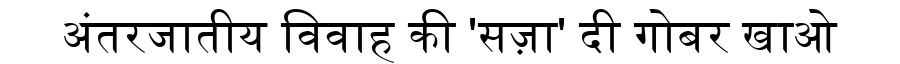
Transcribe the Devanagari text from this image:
अंतरजातीय विवाह की 'सज़ा' दी गोबर खाओ